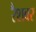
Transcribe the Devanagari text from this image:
रैशवर